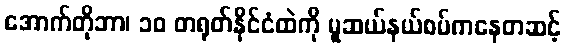
အောက်တိုဘာ၊ ၁၀ တရုတ်နိုင်ငံထဲကို မူဆယ်နယ်စပ်ကနေတဆင့်